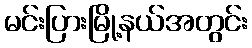
မင်းပြားမြို့နယ်အတွင်း